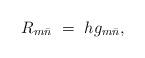
LaTeX: \begin{align*}R_{m{\bar n}} \ = \ h g_{m{\bar n}} , \end{align*}